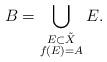
LaTeX: \begin{align*} B = \bigcup_{\substack{E \subset \tilde X \\ f(E) = A}} E.\end{align*}